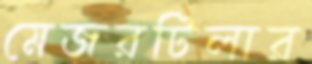
মেজরটিলার